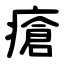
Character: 瘡